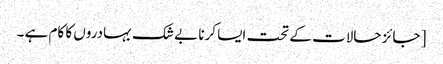
[ جائز حالات کے تحت ایسا کرنا بے شک بہادروں کا کام ہے ۔